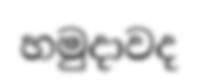
හමුදාවද